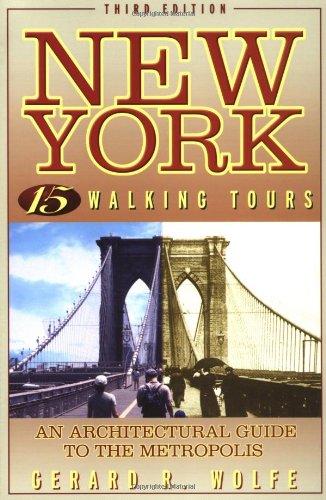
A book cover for New York: 15 Walking Tours, An Architectural Guide to the Metropolis; Gerard Wolfe; Arts & Photography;